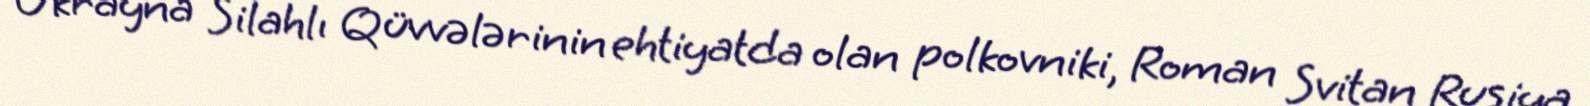
Ukrayna Silahlı Qüvvələrinin ehtiyatda olan polkovniki, Roman Svitan Rusiya